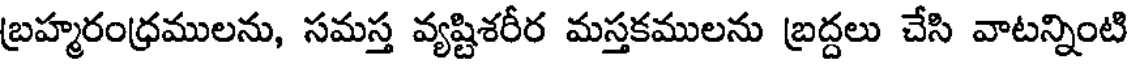
బ్రహ్మరంధ్రములను, సమస్త వ్యష్టిశరీర మస్తకములను బ్రద్దలు చేసి వాటన్నింటి